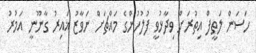
ހަސަން ލަތީފް އިތުރަށް ވިދާޅުވީ ފުލުހުންގެ މައްޗަށް ނަވާޒު ޣައިރު ގާނޫނީ އަމުރު